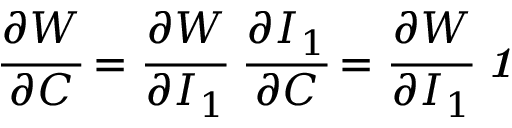
{ \cfrac { \partial W } { \partial { \boldsymbol { C } } } } = { \cfrac { \partial W } { \partial I _ { 1 } } } ~ { \cfrac { \partial I _ { 1 } } { \partial { \boldsymbol { C } } } } = { \cfrac { \partial W } { \partial I _ { 1 } } } ~ { \boldsymbol { \mathit { 1 } } }